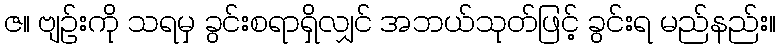
ဇ။ ဗျဉ်းကို သရမှ ခွင်းစရာရှိလျှင် အဘယ်သုတ်ဖြင့် ခွင်းရ မည်နည်း။